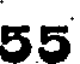
55